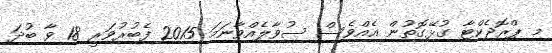
މި ޕްރޮޖެކްޓާ ގުޅޭގޮތުން އެއްވެސް ސުވާލެއްވާނަމަ 2015 ފެބުރުވަރީ 18 ވާ ބުދަ